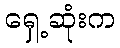
ရှေ့ဆုံးက